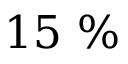
1 5 \ \%